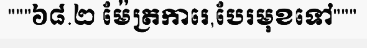
"""៦៨.២ ម៉ែត្រការេ,បែរមុខទៅ"""